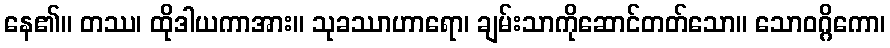
နေ၏။ တဿ၊ ထိုဒါယကာအား။ သုခဿာဟာရော၊ ချမ်းသာကိုဆောင်တတ်သော။ သောဝဂ္ဂိကော၊